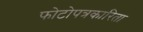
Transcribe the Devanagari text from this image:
फोटोपत्रकारिता